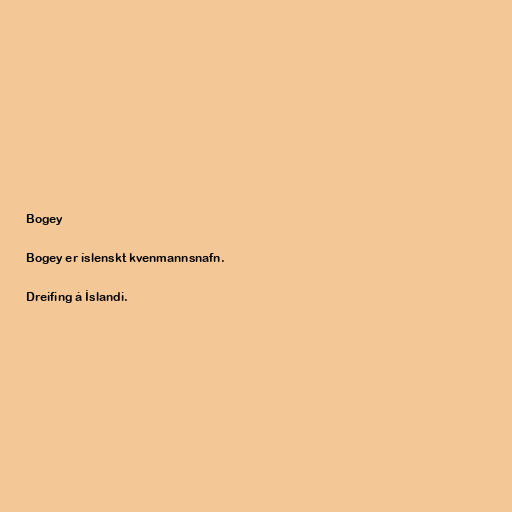
Bogey

Bogey er íslenskt kvenmannsnafn.

Dreifing á Íslandi.